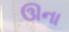
ઊના